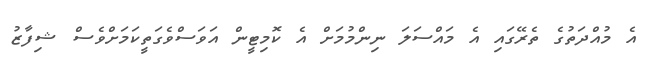
އެ މުއްދަތުގެ ތެރޭގައި އެ މައްސަލަ ނިންމުމަށް އެ ކޮމިޓީން އަވަސްވެގަތީކަމަށްވެސް ޝިފާޒު